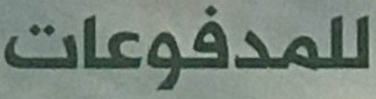
للمدفوعات